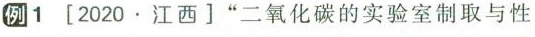
例1[2020.江西]”二氧化碳的实验室制取与性